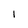
Character: 1